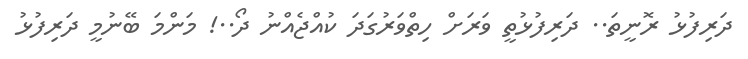
ދަރިފުޅު ރޮނީތަ.. ދަރިފުޅުތީ ވަރަށް ހިތްވަރުގަދަ ކުއްޖެއްނު ދޯ..! މަންމަ ބޭނުމީ ދަރިފުޅު